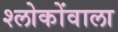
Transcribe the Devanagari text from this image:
श्लोकोंवाला